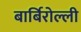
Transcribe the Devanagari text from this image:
बार्बिरोल्ली